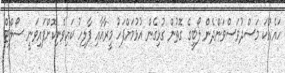
ހައެއްކަ މަސްދުވަސްވަންދެން ލޯބީގެ ގޮތުން ގުޅިގެން އުޅުމަށްފަހު މީރާއާއި ފާލިހު ކައިވެނިކޮށްފައިވަނީ ސޯލްޓް